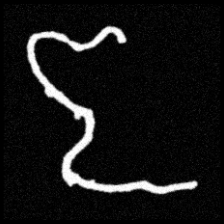
Pyu character \u2014 Myanmar letter: ဇ (romanized: ja)